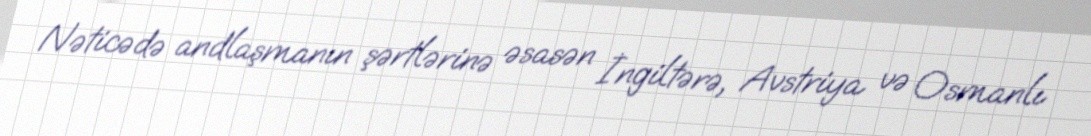
Nəticədə andlaşmanın şərtlərinə əsasən İngiltərə, Avstriya və Osmanlı